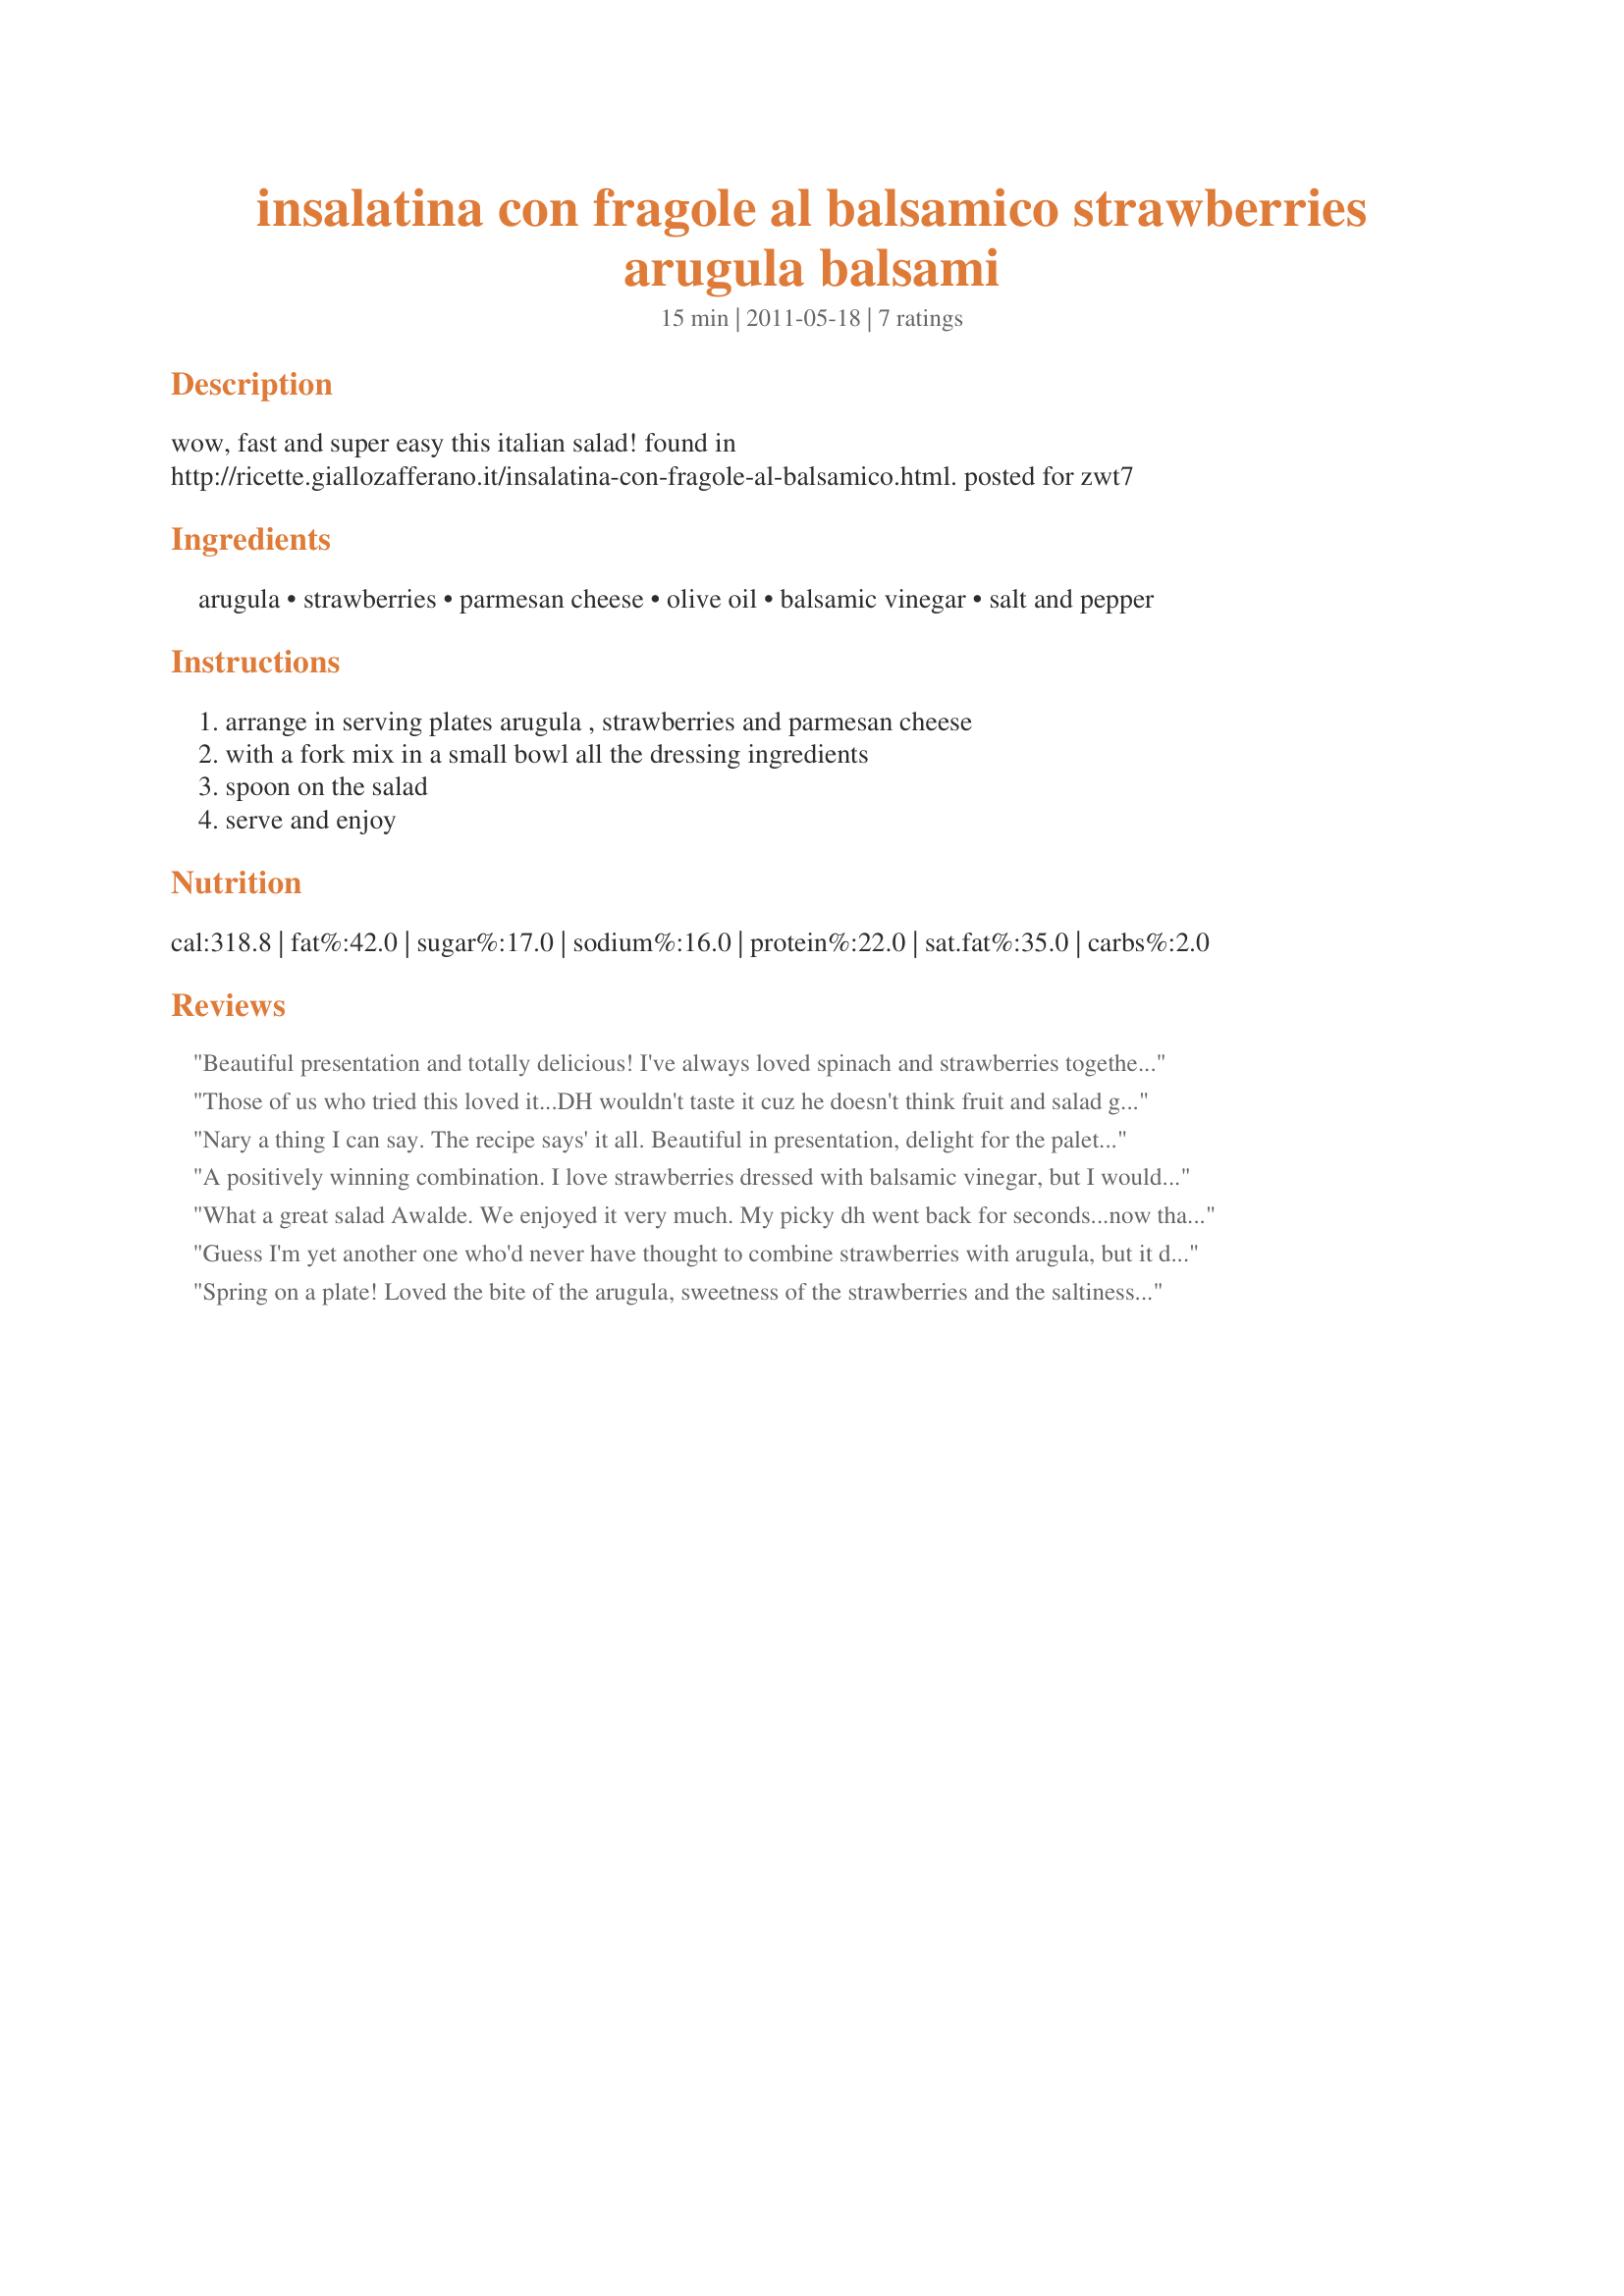
insalatina con fragole al balsamico strawberries arugula balsami
Preparation time: 15 minutes

wow, fast and super easy this italian salad!

found in http://ricette.giallozafferano.it/insalatina-con-fragole-al-balsamico.html.
posted for zwt7

Ingredients:
arugula, strawberries, parmesan cheese, olive oil, balsamic vinegar, salt and pepper

Steps:
arrange in serving plates arugula , strawberries and parmesan cheese, with a fork mix in a small bowl all the dressing ingredients, spoon on the salad, serve and enjoy

Reviews:
Beautiful presentation and totally delicious! I've always loved spinach and strawberries together in a salad, and loved the contrast of the strawberries with the arugula! Thanks for sharing! Made for ZWT7 Italy.
Those of us who tried this loved it...DH wouldn't taste it cuz he doesn't think fruit and salad greens go together...but the rest of us including my "almost" 3 year old grandson cared for it...he said "I really care for the leafs, can I have more please?" Thanks for posting it...:)
Nary a thing I can say. The recipe says' it all. Beautiful in presentation, delight for the palette, and sweetness of the morning sunshine. Followed exactly, although, I confess to being swooned over our own strawberries and arugula. Swoon. Thanks for posting, awalde! ZWT7
A positively winning combination. I love strawberries dressed with balsamic vinegar, but I would never have thought to pair them with roka - absolutely terrific! Parmesan shavings added just the right touch of savoury saltiness to this salad. Thanks!
What a great salad Awalde. We enjoyed it very much. My picky dh went back for seconds...now thats a compliment. I loved the peppery green, the sweet strawberries, salty parmesana reggiano and the tangy vinegar dressing. What a treat, excellent flavors and great textures that worked perfectly together. Simple and delicious. Thanks so much for sharing. Made for ZWT7 (Witchin Kitchen)
Guess I'm yet another one who'd never have thought to combine strawberries with arugula, but it definitely makes for a very special salad, especially with this very simple dressing! Will do this one again, for sure! [Made & reviewed in Zaar Stars recipe tag]
Spring on a plate! Loved the bite of the arugula, sweetness of the strawberries and the saltiness of the cheese topped with fruity balsamic and smooth olive oil. I did add super thin slivers of sweet onion. Thanks made for ZWT 2011.
